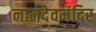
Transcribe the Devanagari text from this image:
नामदेवमंदिर